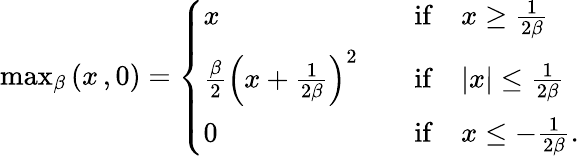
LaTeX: \begin{array}{r}{\operatorname*{max}_{\beta}\left(x\, ,0\right)=\left\{ \begin{array}{ll}{x}&{\quad\mathrm{if}\quad x\ge\frac{1}{2\beta}}\\ {\frac{\beta}{2}\left(x+\frac{1}{2\beta}\right)^{2}}&{\quad\mathrm{if}\quad|x|\le\frac{1}{2\beta}}\\ {0}&{\quad\mathrm{if}\quad x\le-\frac{1}{2\beta}.}\end{array}\right.}\end{array}